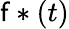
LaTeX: \mathsf{f}*(t)